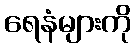
ရေနံများကို